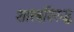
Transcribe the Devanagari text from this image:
शास्त्रविरुद्ध